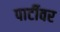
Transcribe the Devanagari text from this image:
पार्टीवर